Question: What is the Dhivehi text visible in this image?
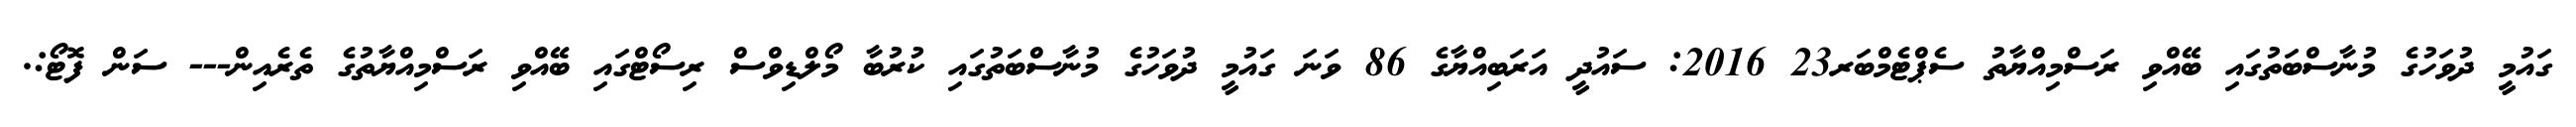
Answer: ގައުމީ ދުވަހުގެ މުނާސްބަތުގައި ބޭއްވި ރަސްމިއްޔާތު ސެޕްޓެމްބަރ23 2016: ސައުދީ އަރަބިއްޔާގެ 86 ވަނަ ގައުމީ ދުވަހުގެ މުނާސްބަތުގައި ކުރުބާ މޯލްޑިވްސް ރިސޯޓްގައި ބޭއްވި ރަސްމިއްޔާތުގެ ތެރެއިން--- ސަން ފޮޓޯ:.